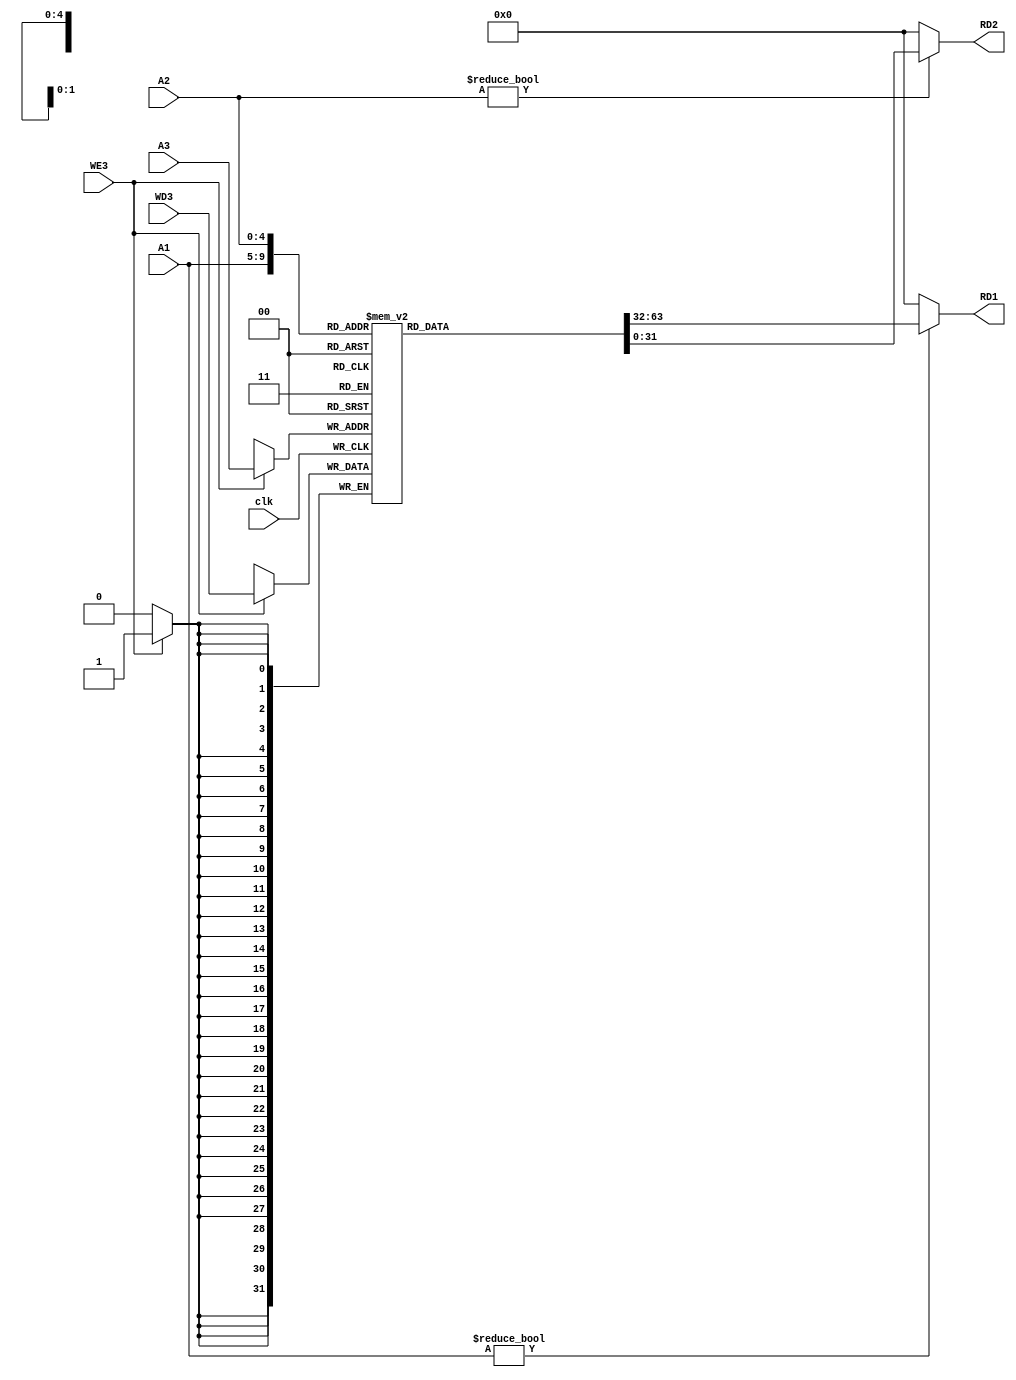
`timescale 1ns / 1ps
//////////////////////////////////////////////////////////////////////////////////
// Company: 
// Engineer: 
// 
// Design Name: 
// Module Name: reg_file
// Project Name: 
// Target Devices: 
// Tool Versions: 
// Description: 
// 
// Dependencies: 
// 
// Revision:
// Revision 0.01 - File Created
// Additional Comments:
// 
//////////////////////////////////////////////////////////////////////////////////


module reg_file(
    input clk, WE3,
    input [4:0] A1, A2, A3,
    input [31:0] WD3,
    output [31:0] RD1, RD2
    );
    
    reg [31:0] mem [31:0];
    
    always @(posedge clk) begin
        if(WE3)
            mem[A3] <= WD3;
    end
    
    assign RD1 = (A1 != 0) ? mem[A1] : 0;
    assign RD2 = (A2 != 0) ? mem[A2] : 0;
    
endmodule